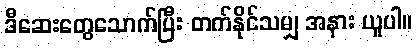
ဒီဆေးတွေသောက်ပြီး တက်နိုင်သမျှ အနား ယူပါ။